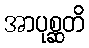
အာပုစ္ဆတိ